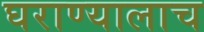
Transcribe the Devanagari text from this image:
घराण्यालाच